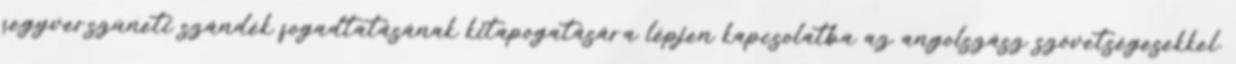
fegyverszüneti szándék fogadtatásának kitapogatására lépjen kapcsolatba az angolszász szövetségesekkel.